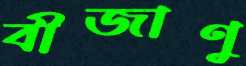
বীজাণু